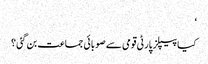
‘
کیا پیپلز پارٹی قومی سے صوبائی جماعت بن گئی ؟